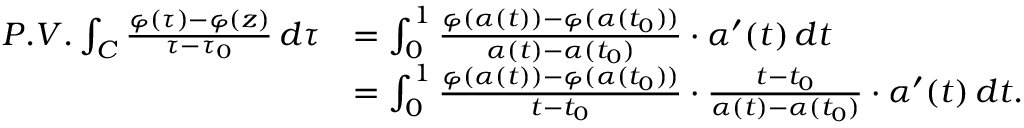
\begin{array} { r l } { P . V . \int _ { C } \frac { \varphi ( \tau ) - \varphi ( z ) } { \tau - \tau _ { 0 } } \, d \tau } & { = \int _ { 0 } ^ { 1 } \frac { \varphi ( \alpha ( t ) ) - \varphi ( \alpha ( t _ { 0 } ) ) } { \alpha ( t ) - \alpha ( t _ { 0 } ) } \cdot \alpha ^ { \prime } ( t ) \, d t } \\ & { = \int _ { 0 } ^ { 1 } \frac { \varphi ( \alpha ( t ) ) - \varphi ( \alpha ( t _ { 0 } ) ) } { t - t _ { 0 } } \cdot \frac { t - t _ { 0 } } { \alpha ( t ) - \alpha ( t _ { 0 } ) } \cdot \alpha ^ { \prime } ( t ) \, d t . } \end{array}